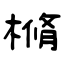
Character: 樇